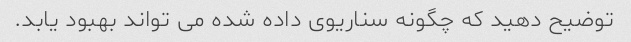
توضیح دهید که چگونه سناریوی داده شده می تواند بهبود یابد.